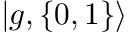
| { g , \{ 0 , 1 \} } \rangle